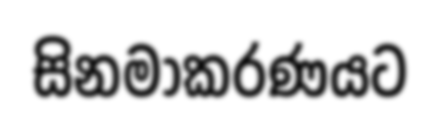
සිනමාකරණයට